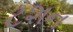
ટશન